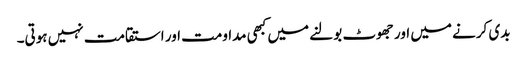
بدی کرنے میں اور جھوٹ بولنے میں کبھی مداومت اور استقامت نہیں ہوتی۔